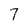
Character: 7